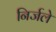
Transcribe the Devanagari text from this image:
निर्जले